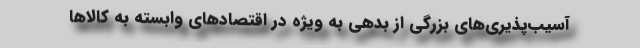
آسیب‌پذیری‌های بزرگی از بدهی به ویژه در اقتصادهای وابسته به کالاها